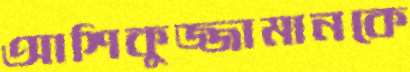
আশিকুজ্জামানকে